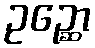
ဥဉ္ဆော